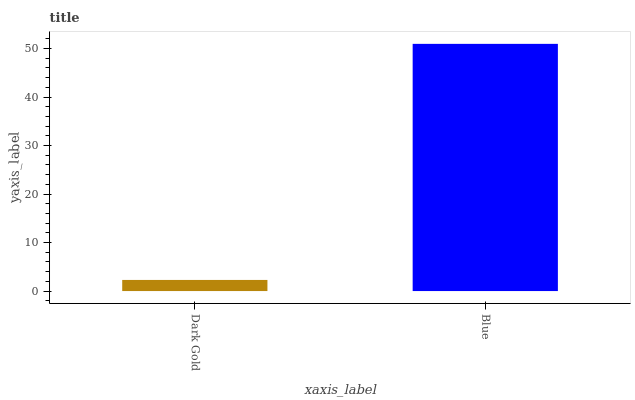
| xaxis_label | bars |
 | --- | --- |
 | Dark Gold | 2.29 |
 | Blue | 51 |